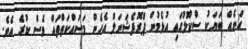
އަނެއް ބަޔަކު ސްކޫލުގައި އުޅެމުން ޕްރޮފެޝަނަލް އެހެން މަސައްކަތްތައް ވެސް ކުރެ އެވެ.